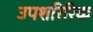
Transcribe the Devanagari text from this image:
उपशरिरिक